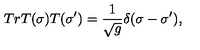
T r T ( \sigma ) T ( \sigma ^ { \prime } ) = \frac { 1 } { \sqrt g } \delta ( \sigma - \sigma ^ { \prime } ) ,